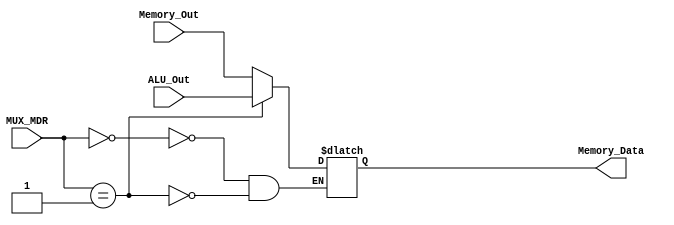
module Multiplexer_MDR (
				output reg [31:0] Memory_Data,
				input [31:0] Memory_Out,
				input [31:0] ALU_Out,
				input [1:0] MUX_MDR
				);
	always @*
		begin
		case (MUX_MDR)
			2'b00:
				begin
				Memory_Data <= Memory_Out;
				end
			2'b01:	
				begin
				Memory_Data <= ALU_Out;
				end
			default:
				begin
				//$display("Error in MUX_MDR");
				end
		endcase
		end
endmodule